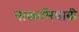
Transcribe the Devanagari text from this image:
नाकामियाबी